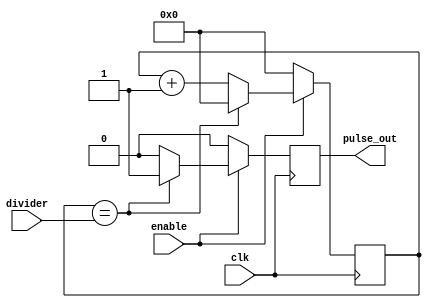
module frequency_generator (
                            clk,
                            enable,
                            divider,
                            pulse_out   // output pulse
                          );

  input clk;
  input enable;
  input [18:0] divider;
  reg [18:0] counter;
  output reg pulse_out;
  
  always @(posedge clk) begin
    if (!enable) begin
      counter <= 19'b0;
      pulse_out <= 1'b0;  
    end

    else begin
      if (counter == divider) begin
        pulse_out <= 1'b1;
        counter <= 19'b0;
      end

      else begin 
        counter <= counter + 1;
        pulse_out <= 1'b0;
      end
    end
  end

endmodule